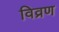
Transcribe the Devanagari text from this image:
विव्रण